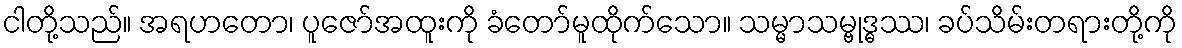
ငါတို့သည်။ အရဟတော၊ ပူဇော်အထူးကို ခံတော်မူထိုက်သော။ သမ္မာသမ္ဗုဒ္ဓဿ၊ ခပ်သိမ်းတရားတို့ကို